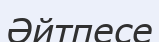
Әйтпесе